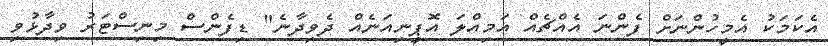
އެކަމަކު އެމީހުންނަށް ފެންނަ އެއްޗެއް އަމިއްލަ އޮޕީނިއަނެއް ދެވިދާނެ" ޑިފެންސް މިނިސްޓަރު ވިދާޅުވި